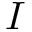
I